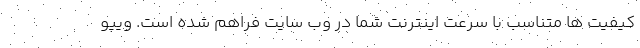
کیفیت ها متناسب با سرعت اینترنت شما در وب سایت فراهم شده است. ویپو